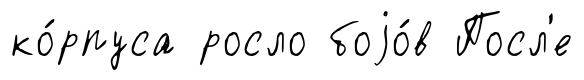
ко́рпуса росло боjо́в Посл'е